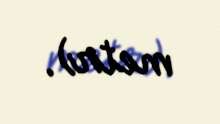
metr).